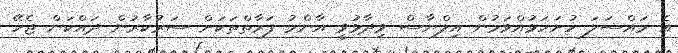
އެ މައްސަލަ ހުށަހަޅުއްވަމުން އިލްޔާސް ވިދާޅުވީ އާންމު ފަރާތްތަކަށް ސަރުކާރުން ދައްކަން ޖެހޭ